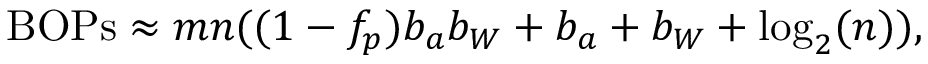
\mathrm { B O P s } \approx m n ( ( 1 - f _ { p } ) b _ { a } b _ { W } + b _ { a } + b _ { W } + \log _ { 2 } ( n ) ) ,